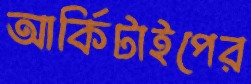
আর্কিটাইপের